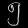
Digit: ၅